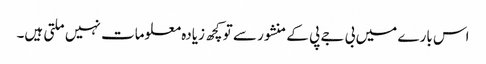
اس بارے میں بی جے پی کے منشور سے تو کچھ زیادہ معلومات نہیں ملتی ہیں۔